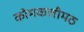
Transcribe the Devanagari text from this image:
कोमकलीमठ